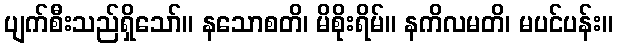
ပျက်စီးသည်ရှိသော်။ နသောစတိ၊ မိစိုးရိမ်။ နကိလမတိ၊ မပင်ပန်း။